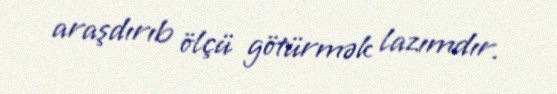
araşdırıb ölçü götürmək lazımdır.